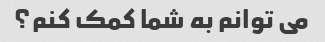
می توانم به شما کمک کنم؟